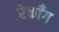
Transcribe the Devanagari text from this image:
रेकाँग